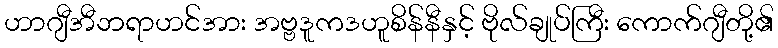
ဟာဂျီအီဘရာဟင်အား အဗ္ဗဒူကဒဟူစိန်နီနှင့် ဗိုလ်ချုပ်ကြီး ကောက်ဂျီတို့၏